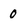
Character: 0